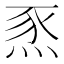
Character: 𤉄